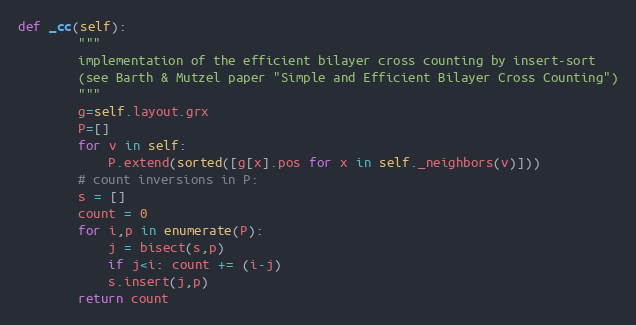
Language: Python
def _cc(self):
        """
        implementation of the efficient bilayer cross counting by insert-sort
        (see Barth & Mutzel paper "Simple and Efficient Bilayer Cross Counting")
        """
        g=self.layout.grx
        P=[]
        for v in self:
            P.extend(sorted([g[x].pos for x in self._neighbors(v)]))
        # count inversions in P:
        s = []
        count = 0
        for i,p in enumerate(P):
            j = bisect(s,p)
            if j<i: count += (i-j)
            s.insert(j,p)
        return count